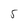
Character: 5